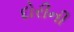
દોરીની